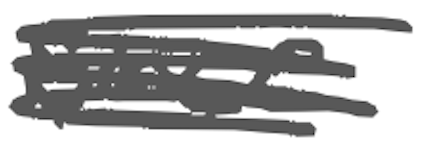
Text: since
Cross-out: scratch
Writing tool: digital_gray